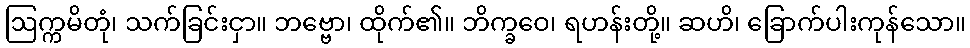
ဩက္ကမိတုံ၊ သက်ခြင်းငှာ။ ဘဗ္ဗော၊ ထိုက်၏။ ဘိက္ခဝေ၊ ရဟန်းတို့။ ဆဟိ၊ ခြောက်ပါးကုန်သော။